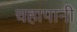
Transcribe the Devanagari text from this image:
चहापानी